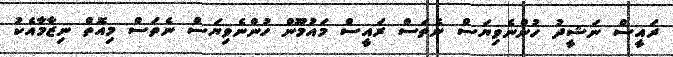
ރައީސް ނަޝީދު ހުންނެވިޔަސް ނެތަސް ރައީސް މައުމޫން ހުންނެވިޔަސް ނެތަސް މިއޮތް ނިޒާމާއެކު